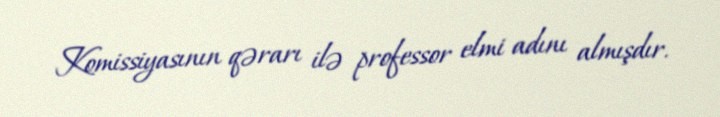
Komissiyasının qərarı ilə professor elmi adını almışdır.